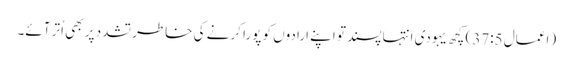
‏ (‏اعمال 5:‏37‏)‏ کچھ یہودی اِنتہاپسند تو اپنے اِرادوں کو پورا کرنے کی خاطر تشدد پر بھی اُتر آئے۔